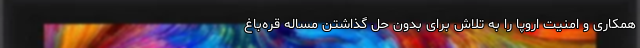
همکاری و امنیت اروپا را به تلاش برای بدون حل گذاشتن مساله قره‌باغ